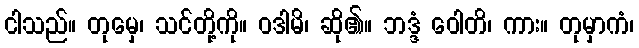
ငါသည်။ တုမှေ၊ သင်တို့ကို။ ဝဒါမိ၊ ဆို၏။ ဘဒ္ဒံ ဝေါတိ၊ ကား။ တုမှာကံ၊